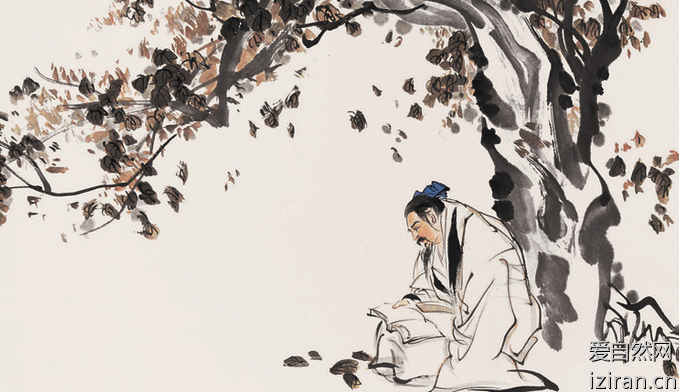
温故而知新，可以为师矣。